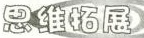
思维拓展